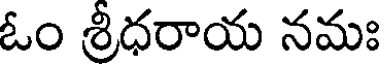
ఓం శ్రీధరాయ నమః